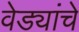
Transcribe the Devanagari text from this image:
वेड्यांचे